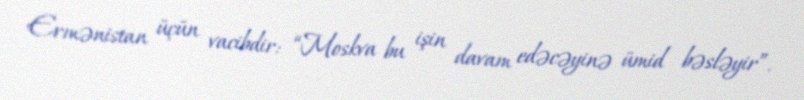
Ermənistan üçün vacibdir: “Moskva bu işin davam edəcəyinə ümid bəsləyir”.